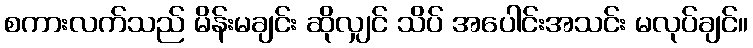
စကားလက်သည် မိန်းမချင်း ဆိုလျှင် သိပ် အပေါင်းအသင်း မလုပ်ချင်။